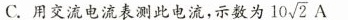
C.用交流电流表测此电流，示数为 10 \sqrt{2} A